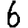
Digit: 6